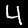
Digit: 4